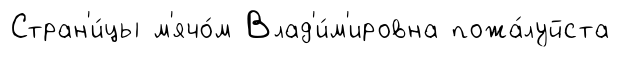
Стран'и́цы м'ячо́м Влад'и́м'ировна пожа́луйста